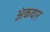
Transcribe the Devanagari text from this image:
अंकवार